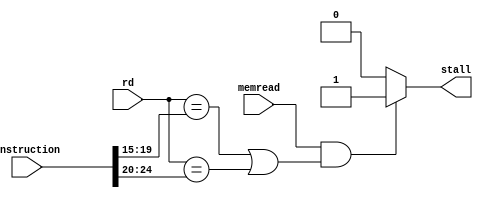
`timescale 1ns / 1ps

module hazard_detector(input memread,
                       input [4:0] rd,
                       input [31:0] instruction,
                       output reg stall);

initial begin
 stall = 1'b0;
end
                       
always @ *
 begin
  if(memread == 1'b1 && ((rd == instruction[19:15]) || (rd == instruction[24:20])))
   stall = 1'b1;
  else
   stall = 1'b0;
 end

endmodule